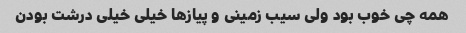
همه چی خوب بود ولی سیب زمینی و پیاز‌ها خیلی خیلی درشت بودن